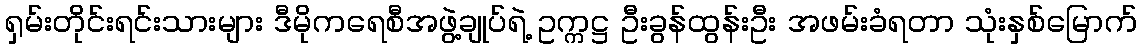
ရှမ်းတိုင်းရင်းသားများ ဒီမိုကရေစီအဖွဲ့ချုပ်ရဲ့ ဥက္ကဋ္ဌ ဦးခွန်ထွန်းဦး အဖမ်းခံရတာ သုံးနှစ်မြောက်